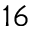
^ { 1 6 }